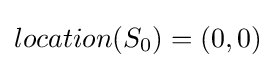
location(S_{0})=(0,0)